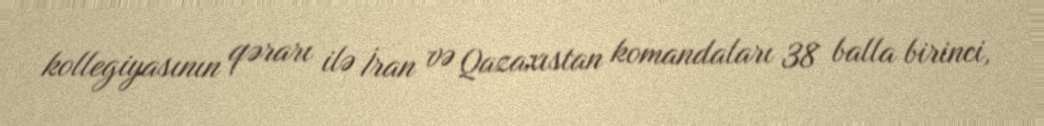
kollegiyasının qərarı ilə İran və Qazaxıstan komandaları 38 balla birinci,